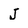
Character: J